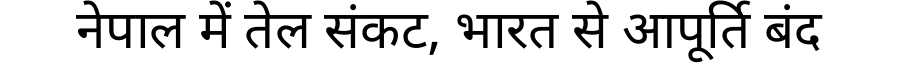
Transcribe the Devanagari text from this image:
नेपाल में तेल संकट, भारत से आपूर्ति बंद